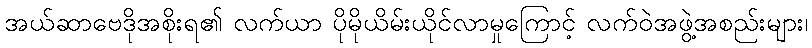
အယ်ဆာဗေဒိုအစိုးရ၏ လက်ယာ ပိုမိုယိမ်းယိုင်လာမှုကြောင့် လက်ဝဲအဖွဲ့အစည်းများ၊